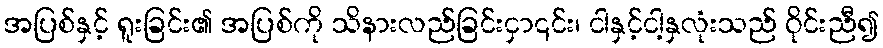
အပြစ်နှင့် ရူးခြင်း၏ အပြစ်ကို သိနားလည်ခြင်းငှာ၎င်း၊ ငါနှင့်ငါ့နှလုံးသည် ဝိုင်းညီ၍